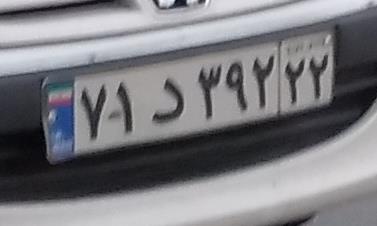
۷۱د۳۹۲۲۲